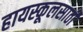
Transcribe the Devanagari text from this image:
हायस्कूलसाठी